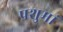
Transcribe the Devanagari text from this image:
पशुमां